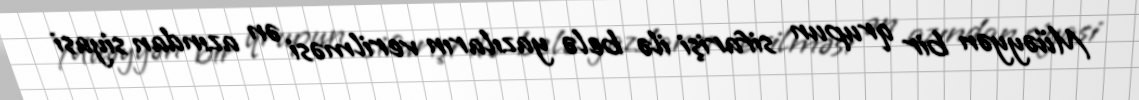
Müəyyən bir qrupun sifarişi ilə belə yazıların verilməsi ən azından siyasi